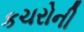
કચરોની